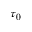
\tau _ { 0 }